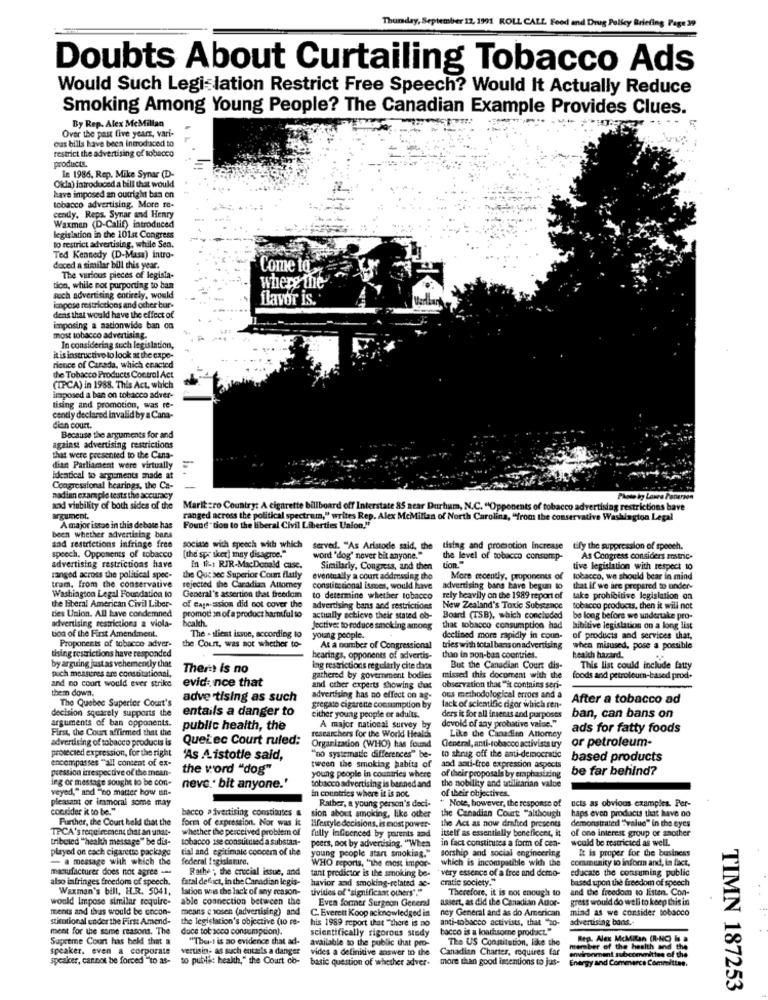
Thursday, September 12, 1991 ROLL CALL Food and Drug Policy Briefing Page 39
Doubts About Curtailing Tobacco Ads
Would Such Legislation Restrict Free Speech? Would It Actually Reduce
Smoking Among Young People? The Canadian Example Provides Clues.
By Rep. Alex McMillan
Over the past five years, vari-
ous bills have been Introduced to
restrict the advertising of tobacco
products.
In 1986, Rep. Mike Synar (D-
Okda) introduced a bill that would
have imposed an outright ban on
tobacco advertising. More re-
cendy, Reps. Synar and Henry
Waxman (D-Calif) introduced
legislation in the 101st Congress
to restrict advertising, while Sea.
Ted Kennedy (D-Mass) intro-
duced a similar bill this year.
Come to
The various pieces of legista-
tion, while not purporting to ban
where the
such advertising entirely, would
flavor is.
impose restrictions and other bur-
dens that would have the effect of
imposing a nationwide ban on
most tobacco advertising.
In considering such legislation,
it is instructivo to look at the expe-
rience of Canada, which enacted
the Tobacco Products Coc.trol Act
(TPCA) in 1988. This Act, which
imposed a ban on tobacco adver-
tising and promotion, was re-
cently declared invalid by a Cana-
dian court.
Because the arguments for and
against advertising restrictions
that were presented to the Cana-
dian Parliament were virtually
Identical to arguments made at
Congressional hearings, the Ca-
nadian example tests the accuracy
Lawee Panerzes
and viability of both sides of the
Marit zro Country: A cigarette billboard off Interstate 85 near Durham, N.C. "Opponents of tobacco advertising restrictions have
argument.
ranged across the political spectrum," writes Rep. Alex McMillan of North Carolina, "from the conservative Washington Legal
A major issac in this debate has
Found" tion to the liberal Civil Liberties Union."
been whether advertising bans
and restrictions infringe free
sociase with speech with which
served. "As Aristotle said, the tising and promotion increase tify the suppression of speech.
tify the suppression of speech.
speech. Opponents of tobacco
advertising restrictions have
[the spr sker) may disagree."
word 'dog" never bit anyone."
the level of tobacco consomp-
As Congress considers mostric.
In fi-s RIR-MacDonald case.
Similarly, Congress, and then
tion."
tive legislation with respect to
ranged across the political spec-
the Que bec Superior Cou fluly
eventually a court addressing the
More recently, proponents of
tobacco, we should bear in mind
tram, from the conservative
rejected the Canadian Attomey
constitutional ismes, would have
advertising bans have begun to
that if we are prepared to under-
Washington Legal Foundation to
General's assertion that freedom
to determine whether tobacco
rely heavily on the 1989 report of
take prohibitive legislation on
the liberal American Civil Liber-
ties Union. All have condemned
of cagn-ission did not cover the
promot on of a product harmful to
advertising bans and restrictions
New Zealand's Toxic Substance
tobacco products, then it will not
advertising restrictions a viola-
bcakh.
actually echievo their stated ob-
Board (TSB), which concluded
be long before we undertake pro-
tion of the First Amendment.
Jective: to reduce smoking among
that tobacco consumption had
hibitive legislation on a long list
Proponents of tobacco adver-
The > tient issue, according to
young people.
declined more rapidly in coun-
of products and services that,
thing restrictions have responded
the Court, was not whether to-
At a number of Congressional
tries with total bans on advertising
when misused, pose a possible
by arguing just as vehemently that
hearings, opponents of advertis-
than in son-ban countries.
health hazard.
puch measures are constitutional,
There is no
lng restrictions regularly cite data
But the Canadian Court dis-
This list could include fatty
and no court would ever strike
gathered by government bodies
missed this document with the
foods and petroleum-based prod-
them down.
evidence that
and other experts showing due
observation that "it contains seri-
-
The Quebec Superior Court's
advertising as such
advertising has no effect on ag-
ous methodological errors and a
After a tobacco ad
decision squarely supports the
entails a danger to
gregate cigarette consumption by
lack of scientific digor which ren-
arguments of ban opponents.
either young people or adults.
ders it for all insecas and purposts
ban, can bans on
First, the Court affirmed that the
public health, the
A major national survey by
devoid of any probative value."
Like the Canadien Attorney
ads for fatty foods
advertising of tobacco products is
QueLec Court ruled:
researchers for the World Healds
or petroleum-
protected expression, for the right
Organization (WHO) has found
"no systematic differences" be-
General, anti-tobacco activists try
encompasses "all content of ex-
'As Aistotle said,
to shrug off the anti-democratic
based products
pression inrespective of the mean-
the word "dog"
tween the smoking habits of
and anti-free expression aspects
be far behind?
ing or message sought to be con-
young people in countries where
of their proposals by emphasizing
veyed," and "no matter how un-
neve.' bit anyone."
tobacco advertising is banned and
in countries where it is not
the nobility and utilitarian value
of their objectives.
pleasant or immoral some may
" Note, however, the response of
ucts as obvious examples. Per-
consider it to be."
bacco advertising constitutes
sion about smoking, like other
Rather, a young person's deci-
haps even products that have no
Further, the Court beld that the
form of expression. Nor was i:
the Canadian Court: "although
the Act as now drafted presents
TPCA's requirement that an unat-
whether the perceived problem of
fully InGpenced by parents and
lifestyle decisions, is most power-
itself as essentially beneficent, it
demonstrated "value" in the eyes
of one interest group or another
tribeied ""health message" be dis-
tobacco ise constituied a substant-
peers, not by advertising. "When
in fact constitutes a form of cen-
would be restricted as well.
played on each cigarette package
tial and egitimale concer of the
young people start smoking."
sorship and social engineering
It is proper for the business
- a message with which the
federal Isgislamare.
WHO reports, "the most impor-
which is incompatible with the
community to inform and, in fact,
manufacturer does not agree --
Rathe ; the crucial issue, and
tant predictor is the smoking be-
very essence of a free and demo-
educate the consuming public
also infringes freedom of speech.
fatal defact, in the Canadian legis-
havior zad smoking-related ae-
cratic society."
based upon the freedom of speech
Waxman's bill, H.R. 5041.
larion was the lack of any reason-
uvidies of "significant others"."
Therefore, it is not enough to
and the freedom to listen. Con-
would Impose similar require-
able connection between the
Even former Surgeon General
assert, as did the Canadian Attor-
gress would do well to keep this in
ments and thus would be encon-
means c sosen (advertising) and
C. Everett Koop acknowledged in
ney General and as do American
mind as we consider tobacco
stitutional under the First Amend-
the legislation's objective (to re-
his 1989 report that "there is no
anti-tobacco activists, that "20-
advertising bons ..
ment for the same reasons. The
duce tot acco consumption).
scientifically rigorous study
bacco is a loachsome product."
Supreme Court has held that a
"The-t is no evidence that ad-
available to the public that pro-
The US Constitution, like the
Reg. Alex McMilan (R-NC) Is a
speaker. even a corporate
vertisin- as such entails a danger
vides a definitive answer to the
Canadian Charter, mquires Ear
member of the health and the
speaker, cannot be forced "to as-
to public health," the Court co-
basic question of whether adver-
more than good intentions to jus-
environment subcommittee of the
Energy and Commerce Committee.
TIMN 187253